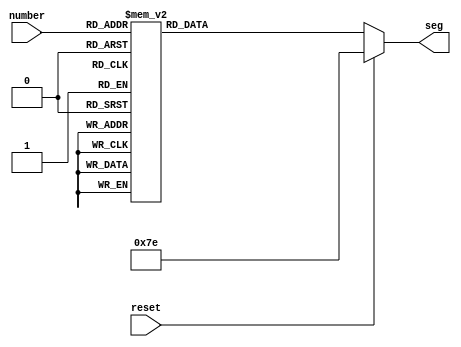
`timescale 1ns / 1ps
module seg_converter(
    input [3:0] number,
    input reset,
	output reg [6:0] seg
	);
	
	/*
	initial begin
	   seg = 7'b1111110;
	end

    always @(*) begin
        if (reset) begin
            seg = 7'b1111110;
        end
        else begin
            case(number)
                1: seg = 7'b1001111;
                2: seg = 7'b0010010;
                3: seg = 7'b1111110;
                default: seg = 7'b1111110;
            endcase
        end
    end
    */
        initial begin
           seg = 7'b1111110;
        end
        
        always @(*) begin
            if (reset) begin
                seg = 7'b1111110;
            end
            else begin
                case(number)
                    0: seg = 7'b0000001;
                    1: seg = 7'b1001111;
                    2: seg = 7'b0010010;
                    3: seg = 7'b0000110;
                    4: seg = 7'b1001100;
                    5: seg = 7'b0100100;
                    6: seg = 7'b0100000;
                    7: seg = 7'b0001101;
                    8: seg = 7'b1111110;
                    9: seg = 7'b1111110;
                    default: seg = 7'b1111110;
                endcase
            end
        end
endmodule